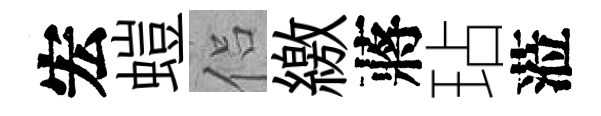
宏螘侣繳蔣玷蒞